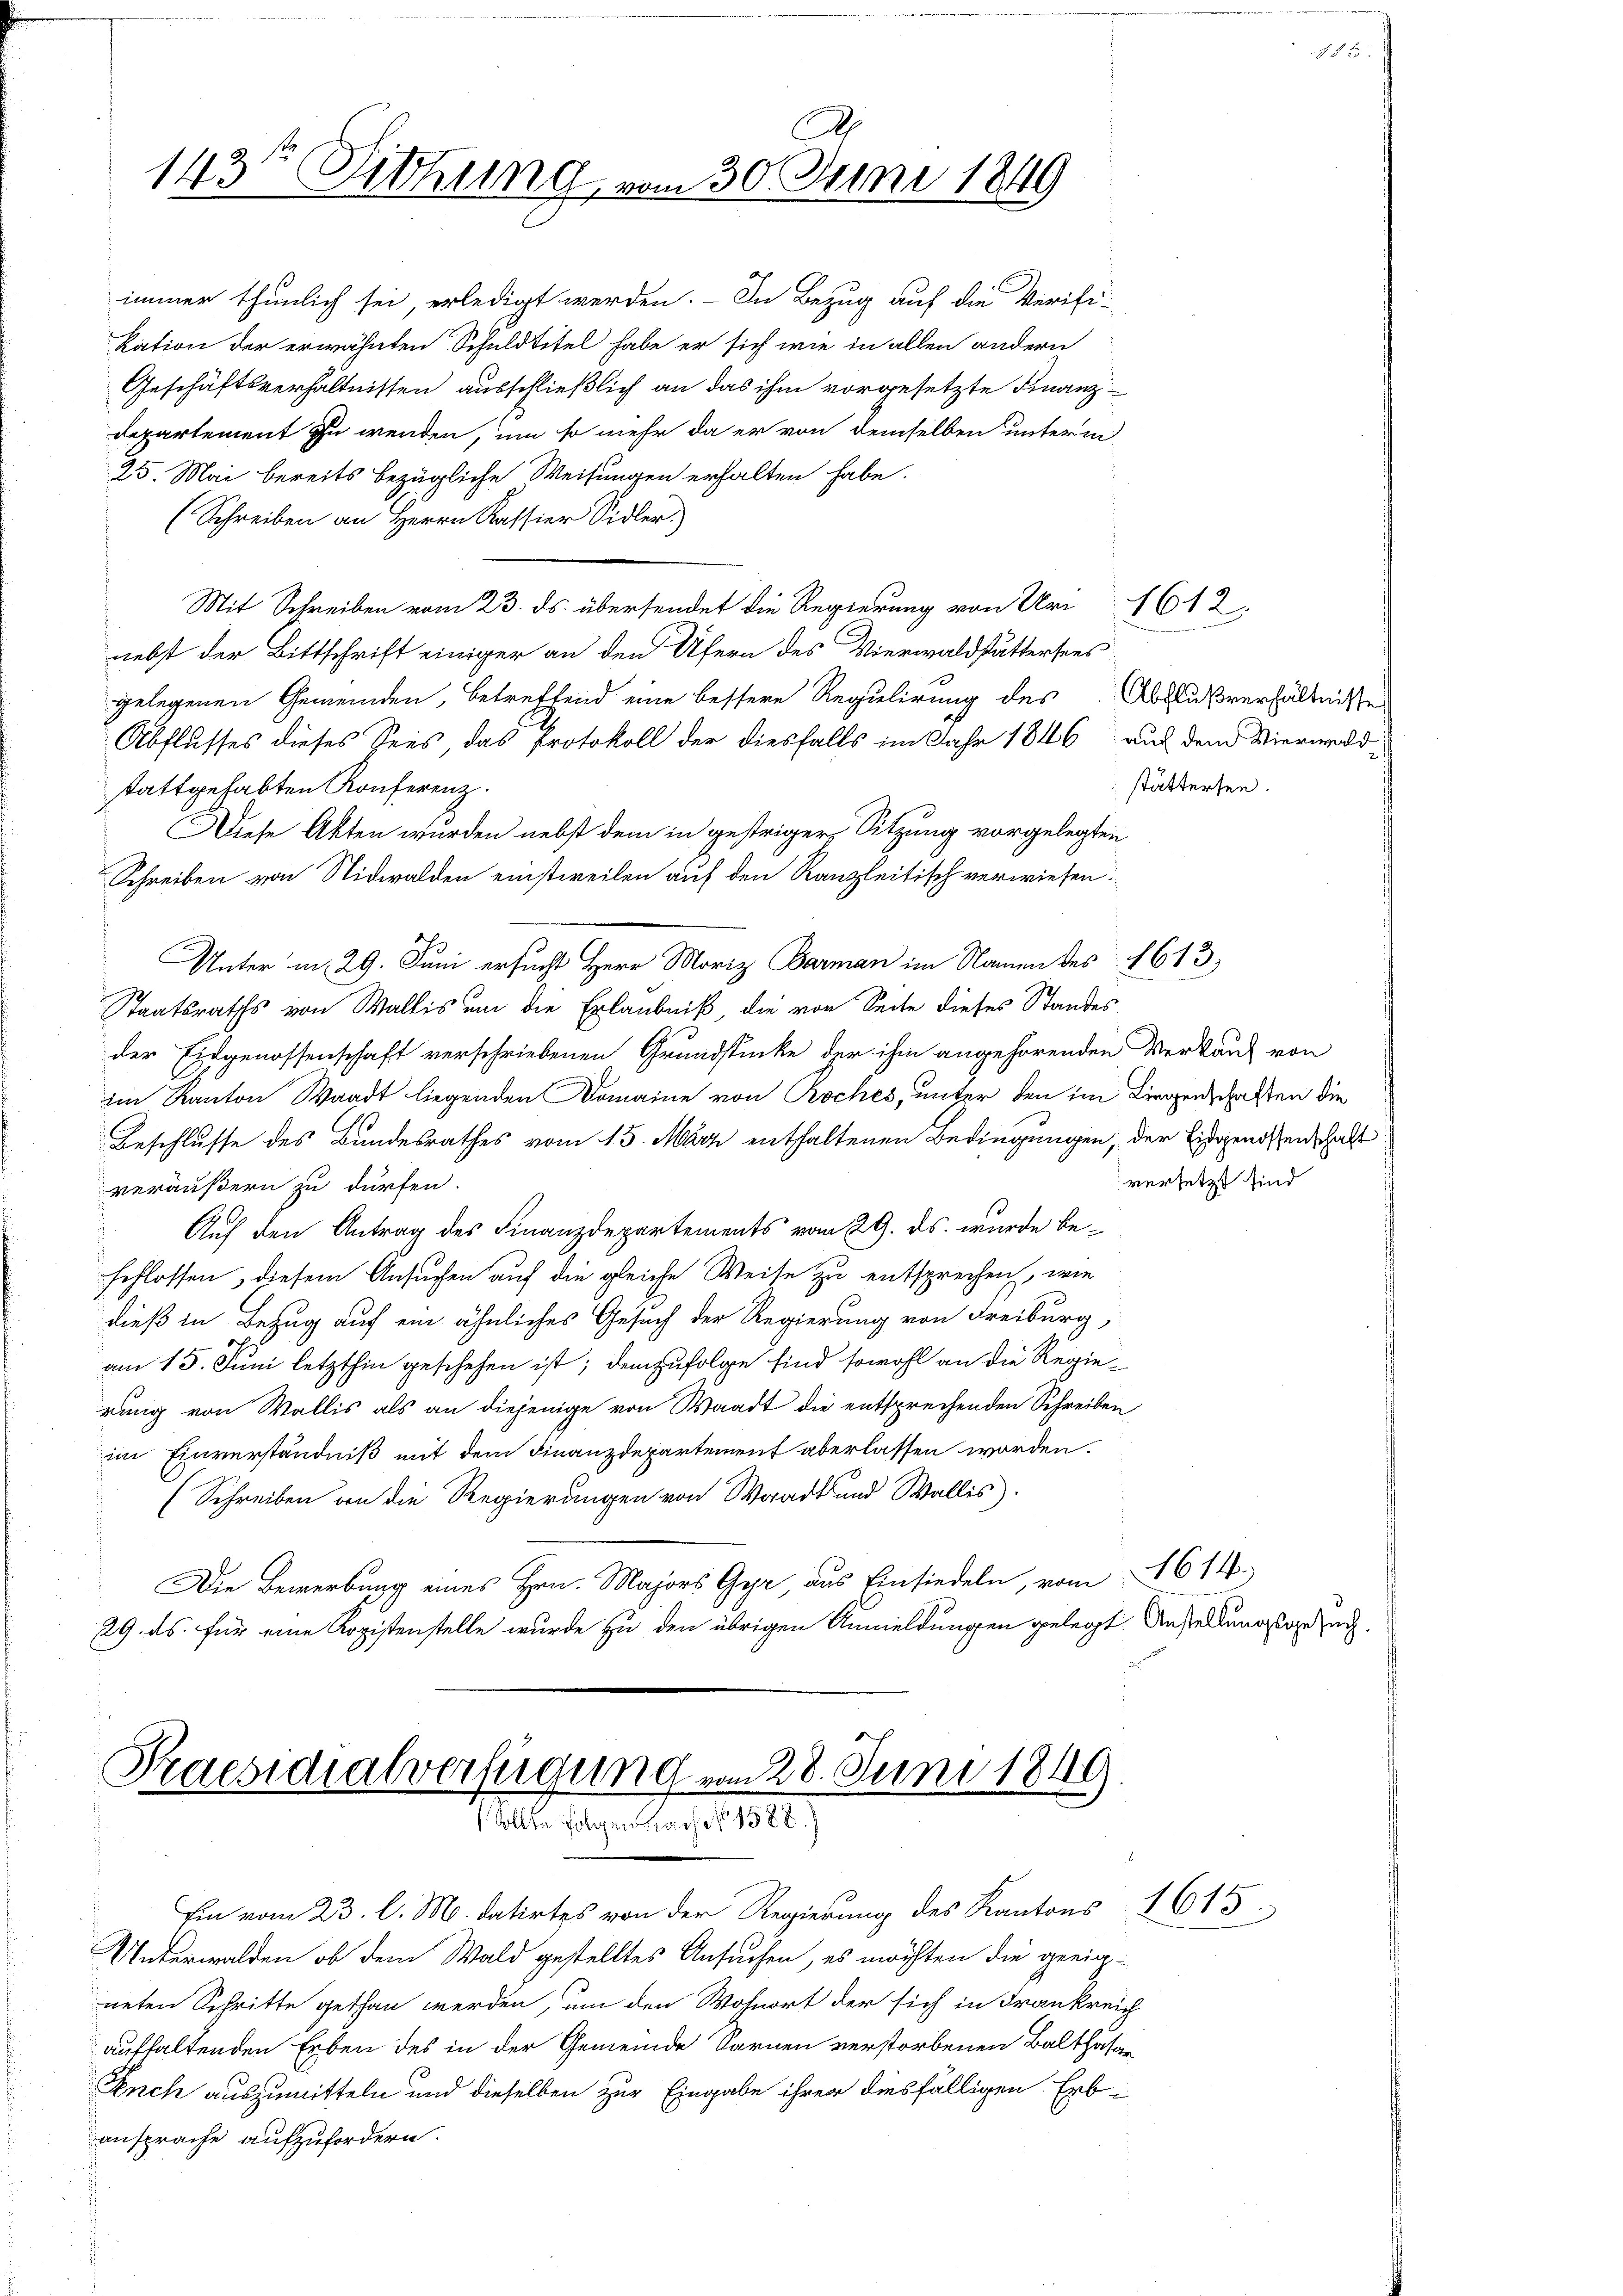
Praesidialverfügung vom 28. Juni 1848
Sollte Folgen Nach No. 1888. 1

143te Sitzung, vom 30. Juni 1849

immer thunlich sei, erledigt werden. - In Bezug auf die Verifi-
kation der erwähnten Schuldtitel habe er sich wie in allen andern
Geschäftsverhältnissen ausschließlich an das ihm vorgesetzte Finanz¬
Departement zu wenden, um so mehr da er von demselben unterm
25. Mai bereits bezügliche Weisungen erhalten habe.
(Schreiben an Herrn Kassier Sidler.
Mit Schreiben vom 23. ds. übersendet die Regierung von Uri (1612.
nebst der Bittschrift einiger an den Ufern des Vierwaldstättersees
gelegenen Gemeinden, betreffend eine bessere Regulirung des Abflußverhältnissen
Abflusses dieses Sees das Protokoll der diesfalls im Jahr 1846 auf dem Vierwaldstattgehabten Konferenz.
Diese Akten wurden nebst dem in gestriger Sitzung vorgelegten
Schreiben von Nidwalden einstweilen auf den Kanzleitisch verwiesen.
Unterm 29. Juni ersucht Herr Moriz Barman im Namen des 1613
Staatsraths von Wallis um die Erlaubniß, die von Seite dieses Standesder Eidgenossenschaft verschriebenen Grundstücke der ihm angehörenden Verkauf von
im Kanton Waadt liegenden Domaine von Roches, unter den im Liegenschaften die
Beschlusse des Bundesrathes vom 15. März enthaltenen Bedingungen, der Eidgenossenschaft
veräußern zu dürfen.
Auf den Antrag des Finanzdepartements vom 29. ds. wurde beschlossen, diesem Ansuchen auf die gleiche Weise zu entsprechen, wie
dieß in Bezug auf ein ähnliches Gesuch der Regierung von Freiburg,
am 15. Juni letzthin geschehen ist; demzufolge sind sowohl an die Regierung von Wallis als an diejenige von Waadt die entsprechenden Schreiben
im Einverständniß mit dem Finanzdepartement aberlassen worden.
(Schreiben an die Regierungen von Waadt und Wallis)
Die Bewerbung eines Hrn. Majors Gehr, aus Einsiedeln, vom 2614.
29. ds. für eine Kopistenstelle wurde zu den übrigen Anmeldungen gelegt. Ausserung auch¬

neten Schritte gethan werden, um den Wohnort der sich in Frankreich

Ein vom 23. d. M. datirtes von der Regierung des Kantons 1615
Unterwalden, ob dem Wald gestelltes Ansuchen, es möchten die geeig-
aufhaltenden Erben des in der Gemeinde Sarnen verstorbenen Balthasar
Anch auszumitteln und dieselben zur Eingabe ihrer diesfälligen Erb-
ansprache aufzufordern.

stättersen.

versetzt sind.